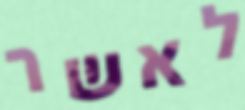
לאשר